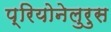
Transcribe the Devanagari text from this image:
प्रियोनेलुरुस